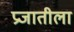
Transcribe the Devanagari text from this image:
प्रजातीला